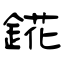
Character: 錵